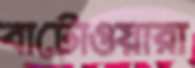
বাটোওয়ারা